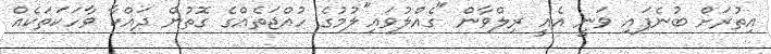
އިތުރަށް ބުނެފައި ވަނީ އެއީ ރިލްވާން "ގެއްލުވައި"ލުމުގެ ހުއްޖަތެއްގެ ގޮތުން ދައްކާ ވާހަކަތަކެއް